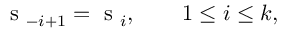
\mathrm { ~ s ~ } _ { - i + 1 } = \mathrm { ~ s ~ } _ { i } , \qquad 1 \leq i \leq k ,